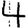
Digit: 4